Leaving Certificate, 1900
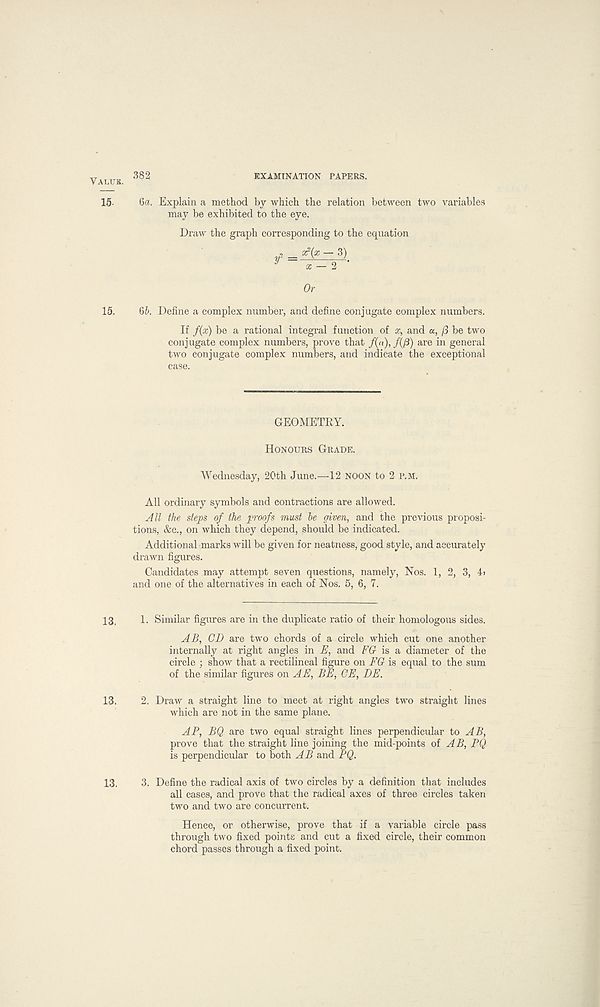
Value.
15.
15.
13.
13.
13.
382
EXAMINATION PAPERS.
6a. Explain a method by which the relation between two variables
may be exhibited to the eye.
Draw the graph corresponding to the equation
„ _ «?(x - 3)
y
x - 2 '
Or
6b. Define a complex number, and define conjugate complex numbers.
If f(x) be a rational integral function of x, and a, /3 be two
conjugate complex numbers, prove that /(a), /(/3) are in general
two conjugate complex numbers, and indicate the exceptional
case.
GEOMETRY.
Honours Grade.
Wednesday, 20th June.—-12 NOON to 2 P.M.
All ordinary symbols and contractions are allowed.
All the steps of the proofs must be given, and the previous proposi-
tions, &c., on which they depend, should be indicated.
Additional -marks will be given for neatness, good style, and accurately
drawn figures.
Candidates may attempt seven questions, namely, Nos. 1, 2, 3, 4>
and one of the alternatives in each of Nos. 5, 6, 7.
1. Similar figures are in the duplicate ratio of their homologous sides.
AB, CD are two chords of a circle which cut one another
internally at right angles in E, and FG is a diameter of the
circle ; show that a rectilineal figure on FG is equal to the sum
of the similar figures on AE, BE, GE, DE.
2. Draw a straight line to meet at right angles two straight lines
which are not in the same plane.
AP, BQ are two equal straight lines perpendicular to AB,
prove that the straight line joining the mid-points of AB, PQ
is perpendicular to both AB and PQ.
3. Define the radical axis of two circles by a definition that includes
all cases, and prove that the radical axes of three circles taken
two and two are concurrent.
Hence, or otherwise, prove that if a variable circle pass
through two fixed points and cut a fixed circle, their common
chord passes through a fixed point.